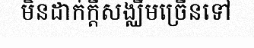
មិនដាក់ក្តីសង្ឈឹមច្រើនទៅ